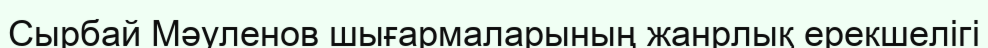
Сырбай Мәуленов шығармаларының жанрлық ерекшелігі